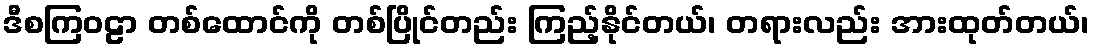
ဒီစကြဝဠာ တစ်ထောင်ကို တစ်ပြိုင်တည်း ကြည့်နိုင်တယ်၊ တရားလည်း အားထုတ်တယ်၊